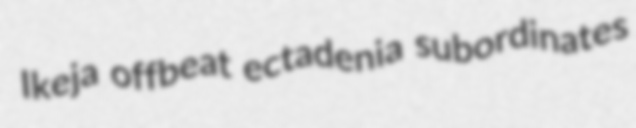
Ikeja offbeat ectadenia subordinates